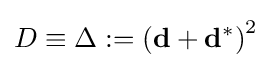
D\equiv \Delta \mathrel {:=} \left(\mathbf {d} +\mathbf {d^{*}} \right)^{2}